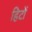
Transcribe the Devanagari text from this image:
हिटों